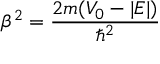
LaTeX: \beta ^ { 2 } = { \frac { 2 m ( V _ { 0 } - | E | ) } { \hbar ^ { 2 } } }